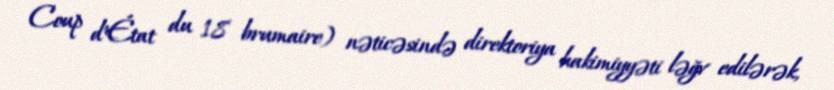
Coup d'État du 18 brumaire) nəticəsində direktoriya hakimiyyəti ləğv edilərək,